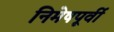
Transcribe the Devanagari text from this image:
निमेषपूर्वी